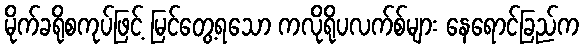
မိုက်ခရိုစကုပ်ဖြင့် မြင်တွေ့ရသော ကလိုရိုပလက်စ်များ နေရောင်ခြည်က